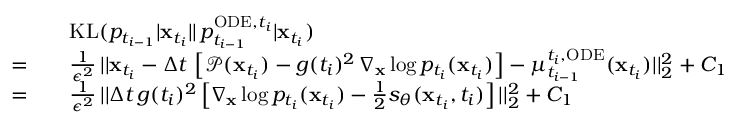
\begin{array} { r l } & { \quad \mathrm { K L } ( p _ { t _ { i - 1 } } | \mathbf { x } _ { t _ { i } } | | \, p _ { t _ { i - 1 } } ^ { \mathrm { O D E } , t _ { i } } | \mathbf { x } _ { t _ { i } } ) } \\ { = } & { \quad \frac { 1 } { \epsilon ^ { 2 } } \, | | \mathbf { x } _ { t _ { i } } - \Delta t \, \left[ \mathcal { P } ( \mathbf { x } _ { t _ { i } } ) - g ( t _ { i } ) ^ { 2 } \, \nabla _ { \mathbf { x } } \log p _ { t _ { i } } ( \mathbf { x } _ { t _ { i } } ) \right] - \mu _ { t _ { i - 1 } } ^ { t _ { i } , \mathrm { O D E } } ( \mathbf { x } _ { t _ { i } } ) | | _ { 2 } ^ { 2 } + C _ { 1 } } \\ { = } & { \quad \frac { 1 } { \epsilon ^ { 2 } } \, | | \Delta t \, g ( t _ { i } ) ^ { 2 } \left[ \nabla _ { \mathbf { x } } \log p _ { t _ { i } } ( \mathbf { x } _ { t _ { i } } ) - \frac { 1 } { 2 } s _ { \theta } ( \mathbf { x } _ { t _ { i } } , t _ { i } ) \right] | | _ { 2 } ^ { 2 } + C _ { 1 } } \end{array}